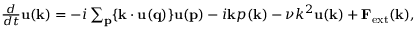
\begin{array} { r } { \frac { d } { d t } { \bf u ( k ) } = - i \sum _ { \bf p } \{ { \bf k \cdot u ( q ) } \} { \bf u ( p ) } - i { \bf k } p ( { \bf k } ) - \nu k ^ { 2 } { \bf u ( k ) } + { \bf F } _ { \mathrm { e x t } } ( { \bf k } ) , } \end{array}